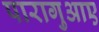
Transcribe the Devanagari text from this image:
पारागुआए